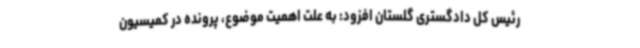
رئیس کل دادگستری گلستان افزود: به علت اهمیت موضوع، پرونده در کمیسیون